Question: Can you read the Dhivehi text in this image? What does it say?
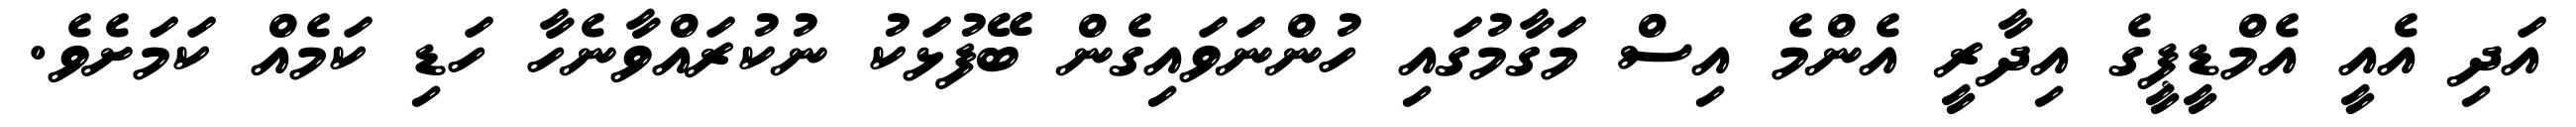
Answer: އަދި އެއީ އެމްޑީޕީގެ އިދާރީ އެންމެ އިސް މަގާމުގައި ހުންނަވައިގެން ބޭފުޅަކު ނުކުރައްވާނެހާ ހަޑި ކަމެއް ކަމަށެވެ.